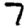
Digit: 7